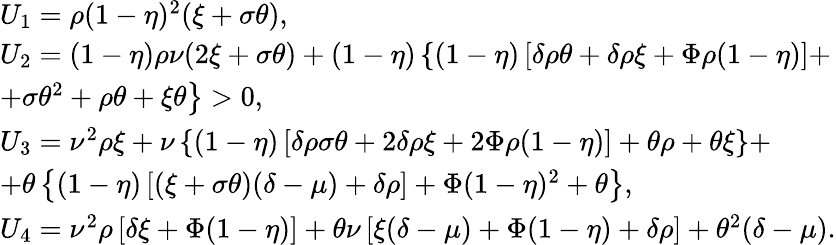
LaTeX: \begin{array}{l}{U_{1}=\rho(1-\eta)^{2}(\xi+\sigma\theta),}\\ {U_{2}=(1-\eta)\rho\nu(2\xi+\sigma\theta)+(1-\eta)\left\{ (1-\eta)\left[\delta\rho\theta+\delta\rho\xi+\Phi\rho(1-\eta)\right]+\right.}\\ {\left.+\sigma\theta^{2}+\rho\theta+\xi\theta\right\} >0,}\\ {U_{3}=\nu^{2}\rho\xi+\nu\left\{ (1-\eta)\left[\delta\rho\sigma\theta+2\delta\rho\xi+2\Phi\rho(1-\eta)\right]+\theta\rho+\theta\xi\right\} +}\\ {+\theta\left\{ (1-\eta)\left[(\xi+\sigma\theta)(\delta-\mu)+\delta\rho\right]+\Phi(1-\eta)^{2}+\theta\right\} ,}\\ {U_{4}=\nu^{2}\rho\left[\delta\xi+\Phi(1-\eta)\right]+\theta\nu\left[\xi(\delta-\mu)+\Phi(1-\eta)+\delta\rho\right]+\theta^{2}(\delta-\mu).}\end{array}